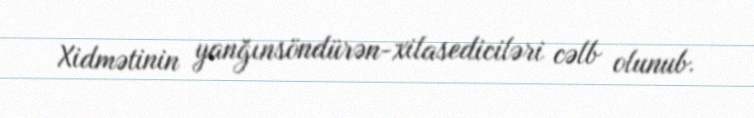
Xidmətinin yanğınsöndürən-xilasediciləri cəlb olunub.